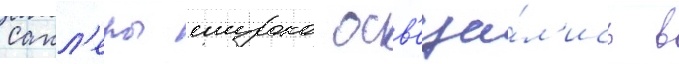
Сакл'еры широко осв'еща́л'ись в